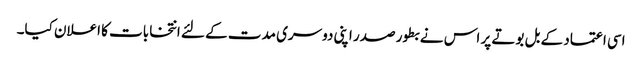
اسی اعتماد کے بل بوتے پر اس نے بطور صدر اپنی دوسری مدت کے لئے انتخابات کا اعلان کیا۔